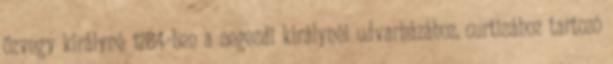
özvegy királyné 1284-ben a segesdi királynéi udvarházához, curtisához tartozó